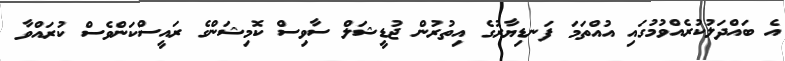
އެ ބައްދަލުކުރެއްވުމުގައި އުއްތަމަ ފަނޑިޔާރުގެ އިތުރުން ޖުޑީޝަލް ސާވިސް ކޮމިޝަންގެ ރައީސްކަންވެސް ކުރައްވާ